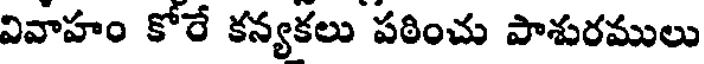
వివాహం కోరే కన్యకలు పఠించు పాశురములు